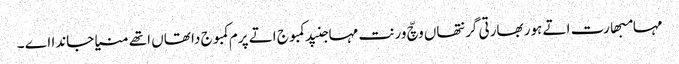
مہامبھارت اتے ہور بھارتی گرنتھاں وچّ ورنت مہاجنپد کمبوج اتے پرم کمبوج دا تھاں اتھے منیا جاندا اے ۔